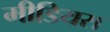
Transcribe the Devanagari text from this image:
मीडियस